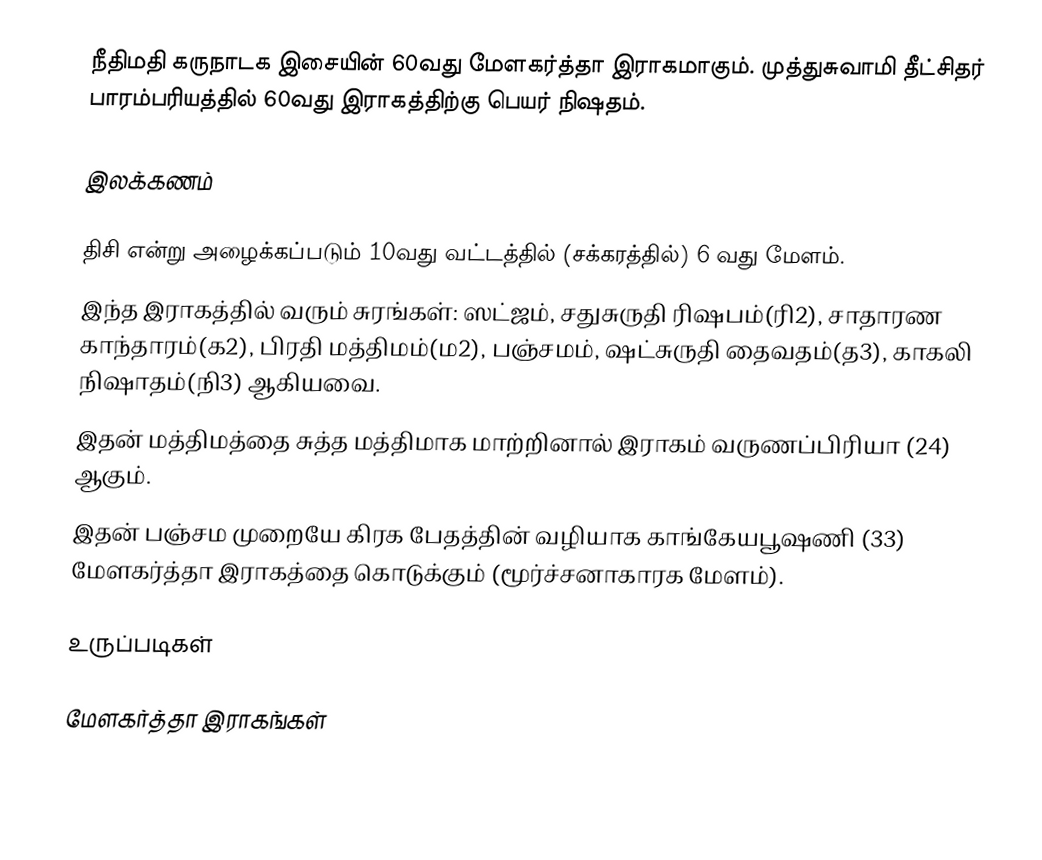
நீதிமதி கருநாடக இசையின் 60வது மேளகர்த்தா இராகமாகும். முத்துசுவாமி தீட்சிதர் பாரம்பரியத்தில் 60வது  இராகத்திற்கு பெயர் நிஷதம்.

இலக்கணம்

 திசி என்று அழைக்கப்படும் 10வது வட்டத்தில் (சக்கரத்தில்) 6 வது மேளம்.
 இந்த இராகத்தில் வரும் சுரங்கள்: ஸட்ஜம், சதுசுருதி ரிஷபம்(ரி2), சாதாரண காந்தாரம்(க2), பிரதி மத்திமம்(ம2), பஞ்சமம், ஷட்சுருதி தைவதம்(த3), காகலி நிஷாதம்(நி3) ஆகியவை.
 இதன் மத்திமத்தை சுத்த மத்திமாக மாற்றினால் இராகம் வருணப்பிரியா (24) ஆகும்.
 இதன் பஞ்சம முறையே கிரக பேதத்தின் வழியாக காங்கேயபூஷணி (33) மேளகர்த்தா இராகத்தை கொடுக்கும் (மூர்ச்சனாகாரக மேளம்).

உருப்படிகள்

மேளகர்த்தா இராகங்கள்